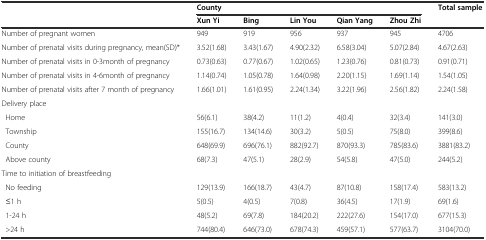
<table><thead><tr><td></td><td colspan="5"><b>County</b></td><td rowspan="2"><b>Total sample</b></td></tr><tr><td></td><td><b>Xun Yi</b></td><td><b>Bing</b></td><td><b>Lin You</b></td><td><b>Qian Yang</b></td><td><b>Zhou Zhi</b></td></tr></thead><tbody><tr><td>Number of pregnant women</td><td>949</td><td>919</td><td>956</td><td>937</td><td>945</td><td>4706</td></tr><tr><td>Number of prenatal visits during pregnancy, mean(SD)*</td><td>3.52(1.68)</td><td>3.43(1.67)</td><td>4.90(2.32)</td><td>6.58(3.04)</td><td>5.07(2.84)</td><td>4.67(2.63)</td></tr><tr><td>Number of prenatal visits in 0-3month of pregnancy</td><td>0.73(0.63)</td><td>0.77(0.67)</td><td>1.02(0.65)</td><td>1.23(0.76)</td><td>0.81(0.73)</td><td>0.91(0.71)</td></tr><tr><td>Number of prenatal visits in 4-6month of pregnancy</td><td>1.14(0.74)</td><td>1.05(0.78)</td><td>1.64(0.98)</td><td>2.20(1.15)</td><td>1.69(1.14)</td><td>1.54(1.05)</td></tr><tr><td>Number of prenatal visits after 7 month of pregnancy</td><td>1.66(1.01)</td><td>1.61(0.95)</td><td>2.24(1.34)</td><td>3.22(1.96)</td><td>2.56(1.82)</td><td>2.24(1.58)</td></tr><tr><td>Delivery place</td><td></td><td></td><td></td><td></td><td></td><td></td></tr><tr><td> Home</td><td>56(6.1)</td><td>38(4.2)</td><td>11(1.2)</td><td>4(0.4)</td><td>32(3.4)</td><td>141(3.0)</td></tr><tr><td> Township</td><td>155(16.7)</td><td>134(14.6)</td><td>30(3.2)</td><td>5(0.5)</td><td>75(8.0)</td><td>399(8.6)</td></tr><tr><td> County</td><td>648(69.9)</td><td>696(76.1)</td><td>882(92.7)</td><td>870(93.3)</td><td>785(83.6)</td><td>3881(83.2)</td></tr><tr><td> Above county</td><td>68(7.3)</td><td>47(5.1)</td><td>28(2.9)</td><td>54(5.8)</td><td>47(5.0)</td><td>244(5.2)</td></tr><tr><td>Time to initiation of breastfeeding</td><td></td><td></td><td></td><td></td><td></td><td></td></tr><tr><td> No feeding</td><td>129(13.9)</td><td>166(18.7)</td><td>43(4.7)</td><td>87(10.8)</td><td>158(17.4)</td><td>583(13.2)</td></tr><tr><td> ≤1 h</td><td>5(0.5)</td><td>4(0.5)</td><td>7(0.8)</td><td>36(4.5)</td><td>17(1.9)</td><td>69(1.6)</td></tr><tr><td> 1-24 h</td><td>48(5.2)</td><td>69(7.8)</td><td>184(20.2)</td><td>222(27.6)</td><td>154(17.0)</td><td>677(15.3)</td></tr><tr><td> &gt;24 h</td><td>744(80.4)</td><td>646(73.0)</td><td>678(74.3)</td><td>459(57.1)</td><td>577(63.7)</td><td>3104(70.0)</td></tr></tbody></table>